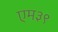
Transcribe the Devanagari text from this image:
एम३९